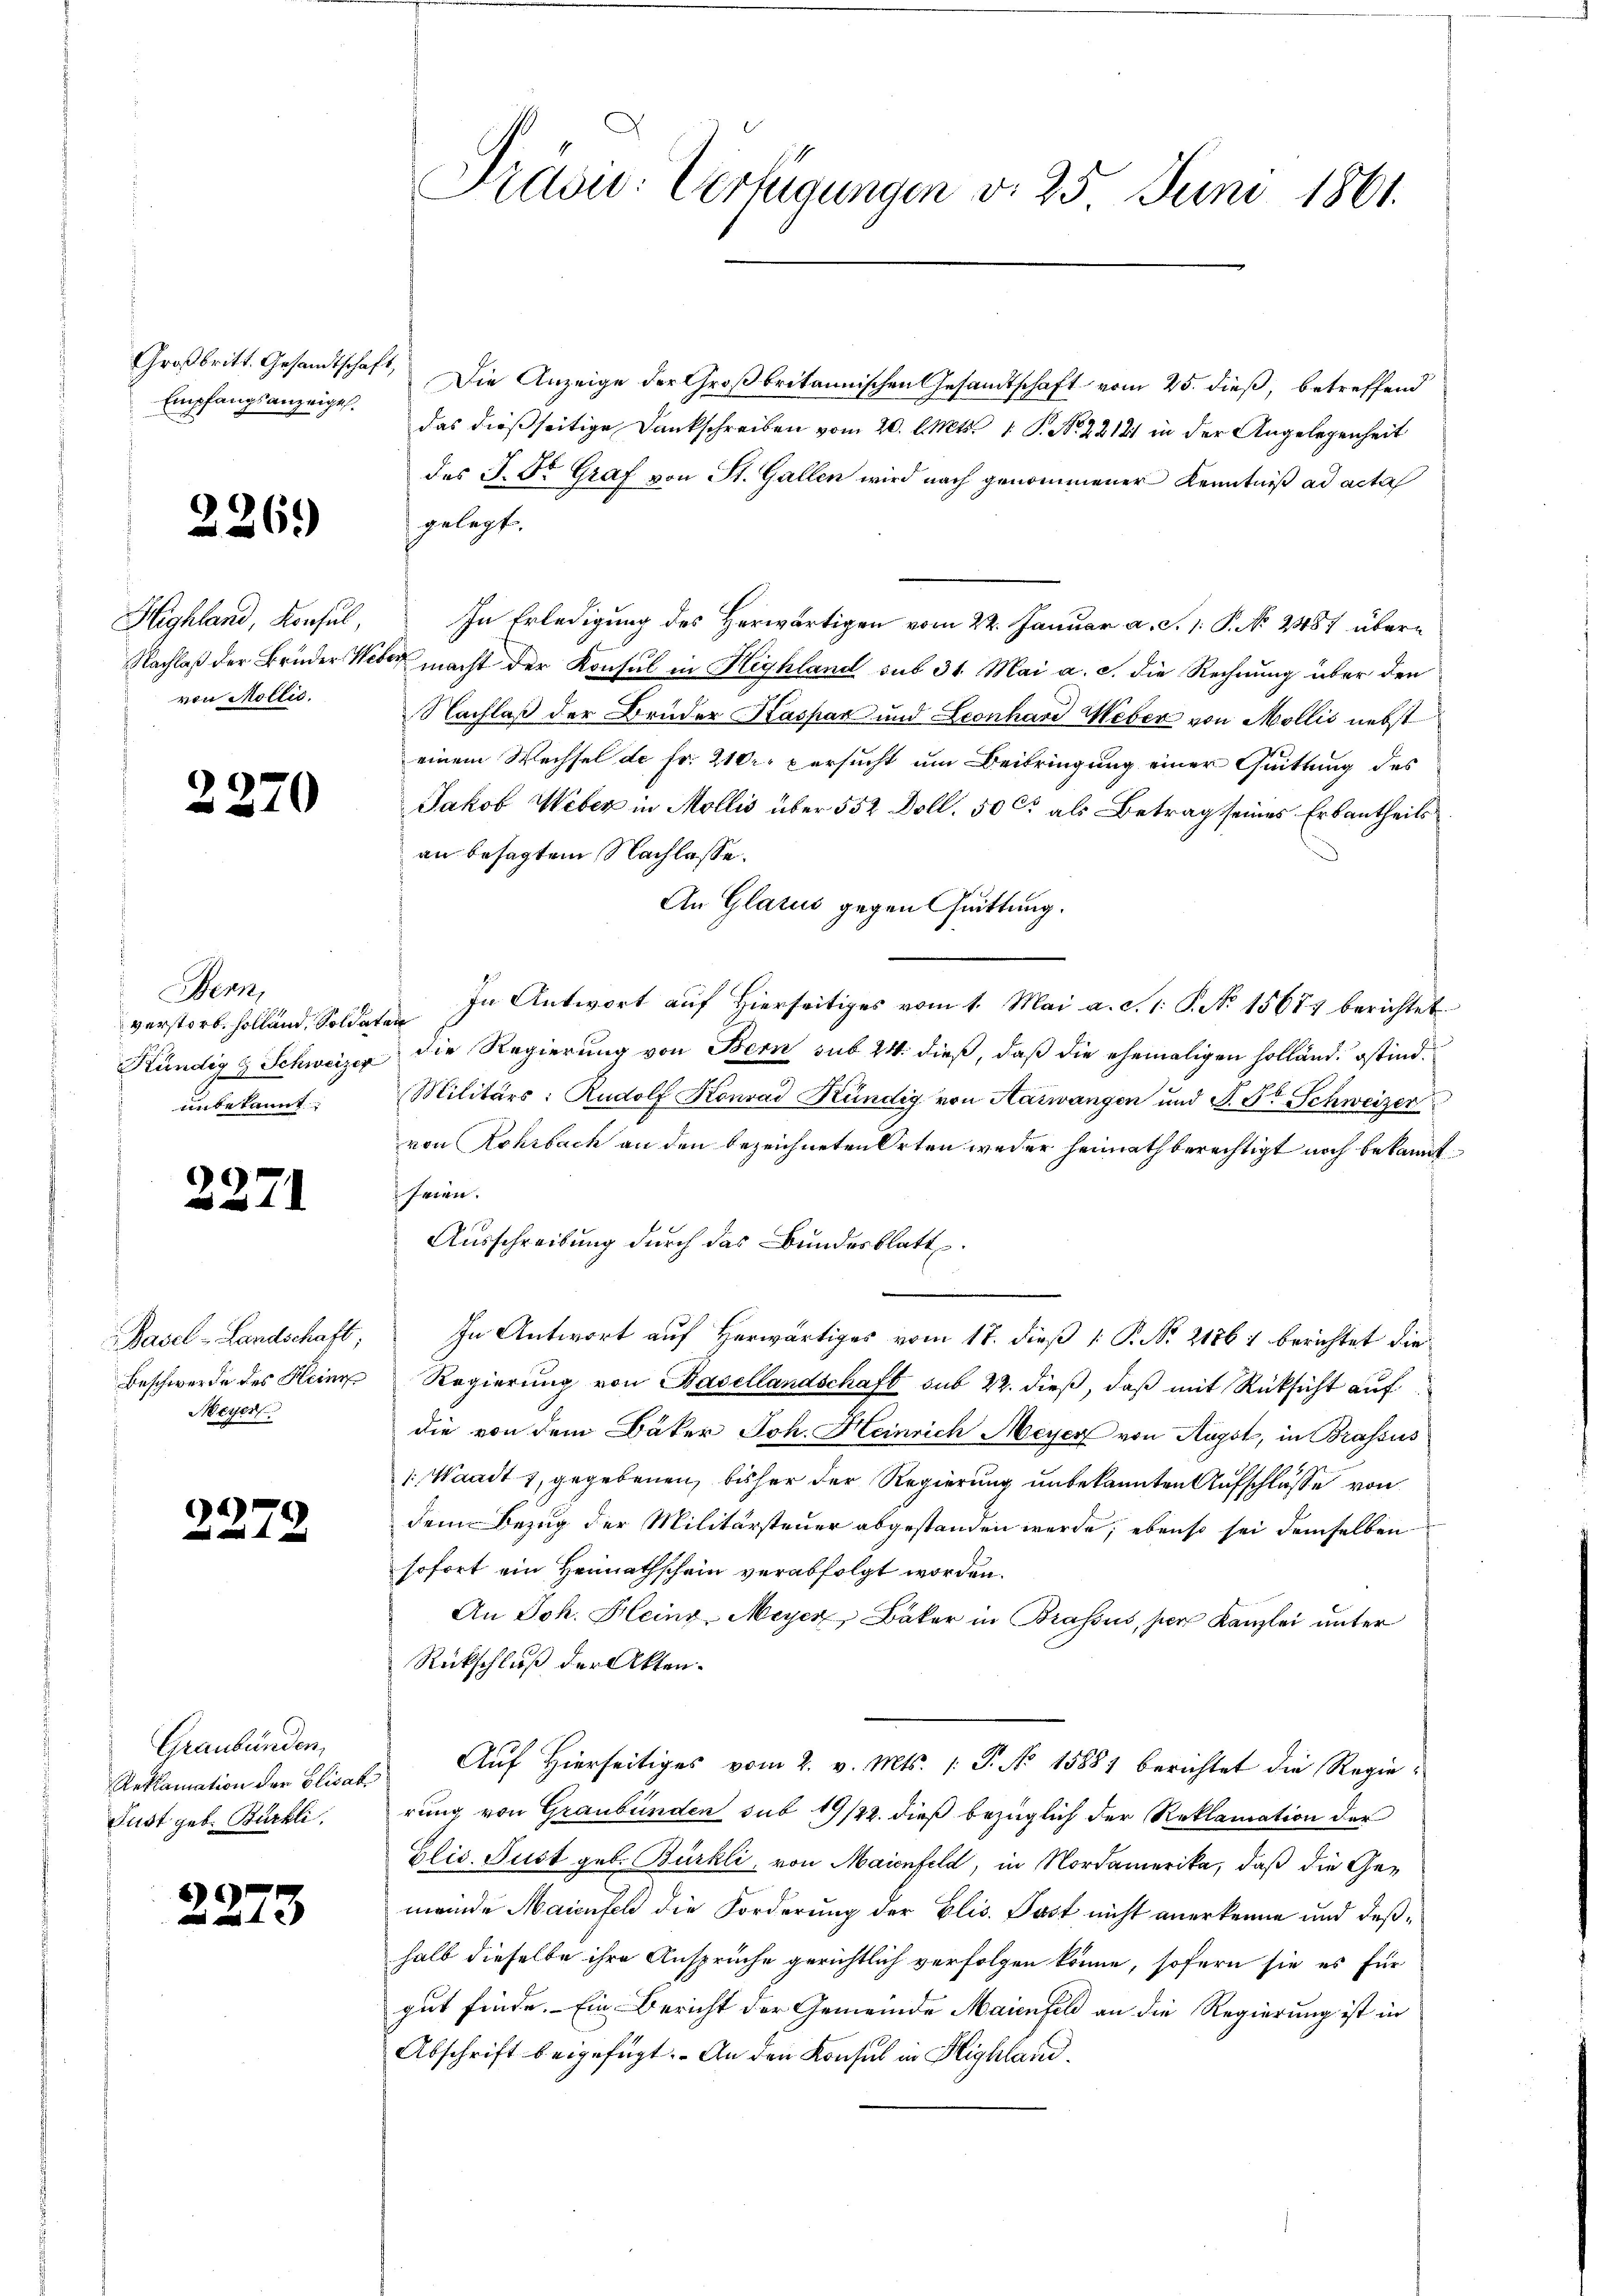
Empfangsanzeigel.

2

226.

Highland, Konsul,
von Mollis.

2270

Bern,
verstorb. Holland, Soldaten
Kündig & Schweizer
unbekannt:

22

2279

12

71

Basel-Landschaft;
Beschwerde des Heinr
Meyer

Graubünden,
Reklamation der Elisat
Fust geb. Bürkli

3

Großbritt. Gesandtschaft, Die Anzeige der Großbritannischen Gesandtschaft vom 25. dieß, betreffend
das dießseitige Dankschreiben vom 20. l. Mts. 1. P. Nr. 22121 in der Angelegenheit
des J. Fr. Graf von St. Gallen wird nach genommener Kenntniß ad acta
gelegt.
In Erledigung des Herwärtigen vom 22. Januar a. S. 1. P. No 2487 über¬
Nachlaß der Brüder Weber macht der Konsul in Highland sub 31. Mai a. c. die Rechnung über den
Nachlaß der Bruder Kaspar und Leonhard Weber von Mollis nebst
einem Wechsel de fr. 210. persucht um Beibringung einer Quittung des
Jakob Weber in Mollis über 552 Doll. 50 Ct als Betrag seines Erbantheils
an besagtem Nachlasse.
An Glarus gegen Quittung.
In Antwort auf Hierseitiges vom 1. Mai a. d. 1. P. No 15677 berichtet
 die Regierung von Bern sub 24. dieß, daß die ehemaligen Holländ. Ostind¬
Militärs: Rudolf Konrad Kündig von Aarwangen und F. St. Schweizer
von Rohrbach an den bezeichneten Orten weder heimath berechtigt noch bekannt
feien.
Ausschreibung durch das Bundesblatt.
In Antwort auf Herwärtiges vom 17. dieß  P. Nr. 21861 berichtet die
Regierung von Basellandschaft sub 22. dieß, daß mit Rücksicht auf
die von dem Bäker Joh. Heinrich Meyer von Augst, in Brassus
: Waadt 1, gegebenen, bisher der Regierung unbekannten Aufschlüsse von
dem Bezug der Militärsteuer abgestanden werde; ebenso sei demselben
sofort ein Heimathschein verabfolgt worden.
An Joh. Heinr-Meyer, Bäker in Brassus, per Kanzlei unter
Rückschluß der Akten.
" Auf Hierseitiges vom 2. v. Mts. 1. P. No 15881 berichtet die Regierung von Graubünden sub 19/22. dieß bezüglich der Reklamation der
Glis. Tust geb. Bürkli, von Maienfeld, in Nordamerika, daß die Gemeinde Maienfch die Forderung der Elis. Past nicht anerkenne und deßhalb dieselbe ihre Ansprüche gerichtlich verfolgen könne, sofern sie es für
gut finde. Ein Bericht der Gemeinde Maienfeld an die Regierung ist in
Abschrift beigefügt. - An den Konsul in Highland.

Prdow: Verfügungen d. 25 Juni 1861.